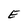
Character: E